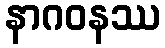
နာဂဝနဿ